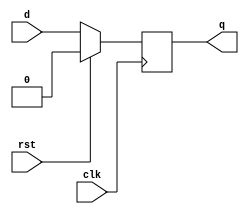
module simple_flip_flop (
    input wire clk,      // Clock input
    input wire rst,      // Reset input
    input wire d,        // Data input
    output reg q         // Data output
);

// Initial block to set initial state (optional)
initial begin
    q = 1'b0; // Initialize output to 0
end

// Always block sensitive to the positive edge of the clock
always @(posedge clk) begin
    if (rst) begin
        // Reset condition
        q <= 1'b0; // Reset output to 0
    end else begin
        // Update output on clock edge
        q <= d; // Assign input data to output
    end
end

endmodule